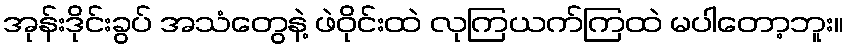
အုန်းဒိုင်းခွပ် အသံတွေနဲ့ ဖဲဝိုင်းထဲ လုကြယက်ကြထဲ မပါတော့ဘူး။